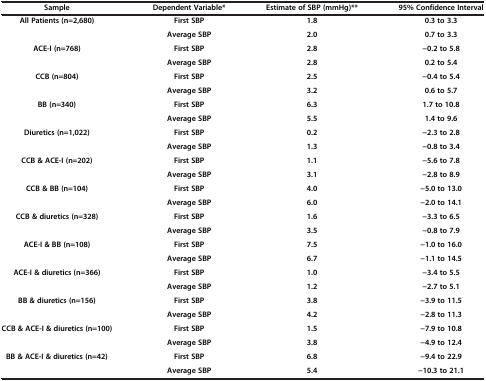
| Sample | Dependent Variable* | Estimate of SBP (mmHg)** | 95% Confidence Interval |
 | --- | --- | --- | --- |
 | All Patients (n=2,680) | First SBP | 1.8 | 0.3 to 3.3 |
 |  | Average SBP | 2.0 | 0.7 to 3.3 |
 | ACE-I (n=768) | First SBP | 2.8 | −0.2 to 5.8 |
 |  | Average SBP | 2.8 | 0.2 to 5.4 |
 | CCB (n=804) | First SBP | 2.5 | −0.4 to 5.4 |
 |  | Average SBP | 3.2 | 0.6 to 5.7 |
 | BB (n=340) | First SBP | 6.3 | 1.7 to 10.8 |
 |  | Average SBP | 5.5 | 1.4 to 9.6 |
 | Diuretics (n=1,022) | First SBP | 0.2 | −2.3 to 2.8 |
 |  | Average SBP | 1.3 | −0.8 to 3.4 |
 | CCB & ACE-I (n=202) | First SBP | 1.1 | −5.6 to 7.8 |
 |  | Average SBP | 3.1 | −2.8 to 8.9 |
 | CCB & BB (n=104) | First SBP | 4.0 | −5.0 to 13.0 |
 |  | Average SBP | 6.0 | −2.0 to 14.1 |
 | CCB & diuretics (n=328) | First SBP | 1.6 | −3.3 to 6.5 |
 |  | Average SBP | 3.5 | −0.8 to 7.9 |
 | ACE-I & BB (n=108) | First SBP | 7.5 | −1.0 to 16.0 |
 |  | Average SBP | 6.7 | −1.1 to 14.5 |
 | ACE-I & diuretics (n=366) | First SBP | 1.0 | −3.4 to 5.5 |
 |  | Average SBP | 1.2 | −2.7 to 5.1 |
 | BB & diuretics (n=156) | First SBP | 3.8 | −3.9 to 11.5 |
 |  | Average SBP | 4.2 | −2.8 to 11.3 |
 | CCB & ACE-I & diuretics (n=100) | First SBP | 1.5 | −7.9 to 10.8 |
 |  | Average SBP | 3.8 | −4.9 to 12.4 |
 | BB & ACE-I & diuretics (n=42) | First SBP | 6.8 | −9.4 to 22.9 |
 |  | Average SBP | 5.4 | −10.3 to 21.1 |